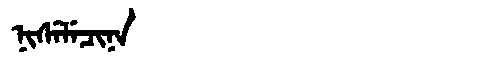
Manchu: ᠨᡳᠰᡝᠯᡝᠴᡳᠨᠠ
Romanization: NISELECINA